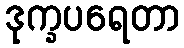
ဒုက္ခပရေတာ